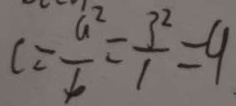
C = \frac { a ^ { 2 } } { b } = \frac { 3 ^ { 2 } } { 1 } = 9